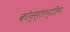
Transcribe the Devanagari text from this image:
कोन्स्तान्तिन